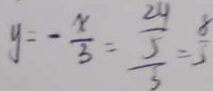
y = - \frac { x } { 3 } = \frac { \frac { 2 y } { 5 } } { 5 } = \frac { 8 } { 5 }